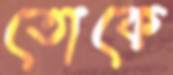
তোকে